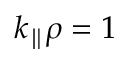
k _ { \parallel } \rho = 1